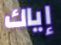
إياك